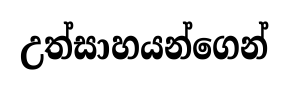
උත්සාහයන්ගෙන්